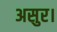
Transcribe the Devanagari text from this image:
असुर।